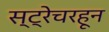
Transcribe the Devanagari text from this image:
स्ट्रेचरहून